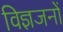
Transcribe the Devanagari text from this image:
विज्ञजनों